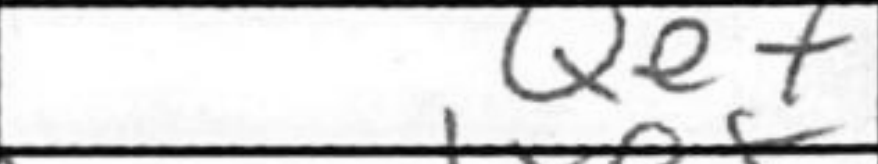
Transcription: Qe7